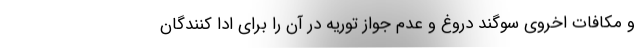
و مکافات اخروی سوگند دروغ و عدم جواز توریه در آن را برای ادا کنندگان